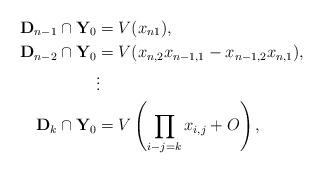
\begin{align*} \mathbf{D}_{n-1} \cap \mathbf{Y}_0 &= V(x_{n1}),\\ \mathbf{D}_{n-2} \cap \mathbf{Y}_0 &= V(x_{n,2}x_{n-1,1}-x_{n-1,2}x_{n,1}),\\ &\vdots \\ \mathbf{D}_{k} \cap \mathbf{Y}_0 &= V\left(\prod_{i-j=k}x_{i,j} +O\right),\end{align*}